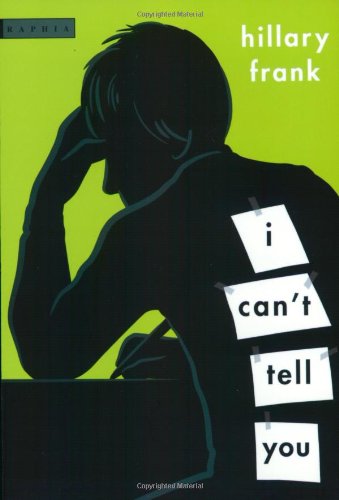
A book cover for I Can't Tell You; Hillary Frank; Humor & Entertainment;